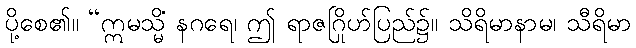
ပို့စေ၏။ “ဣမသ္မိံ နဂရေ၊ ဤ ရာဇဂြိုဟ်ပြည်၌။ သိရိမာနာမ၊ သီရိမာ